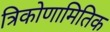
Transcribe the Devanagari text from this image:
त्रिकोणामितिक